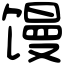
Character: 馒